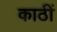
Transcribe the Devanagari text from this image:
काठीं